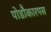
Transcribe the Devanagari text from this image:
पोडौकारपस